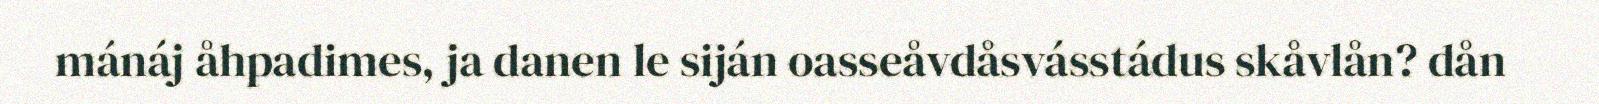
mánáj åhpadimes, ja danen le siján oasseåvdåsvásstádus skåvlån? dån